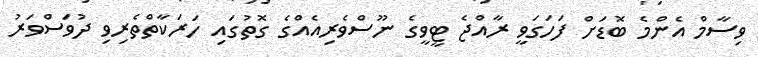
ވިސާމް އެންމެ ބޮޑަށް ފަހަގަވީ ރާއްޖެ ޓީވީގެ ނޫސްވެރިއެއްގެ ގޮތުގައި ހަރަކާތްތެރިވި ދުވަސްވަރު